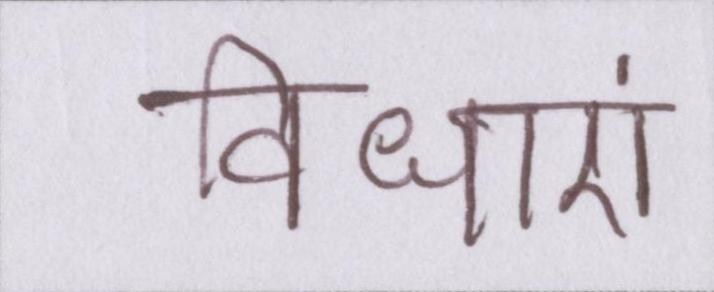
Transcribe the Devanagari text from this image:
विधाएं